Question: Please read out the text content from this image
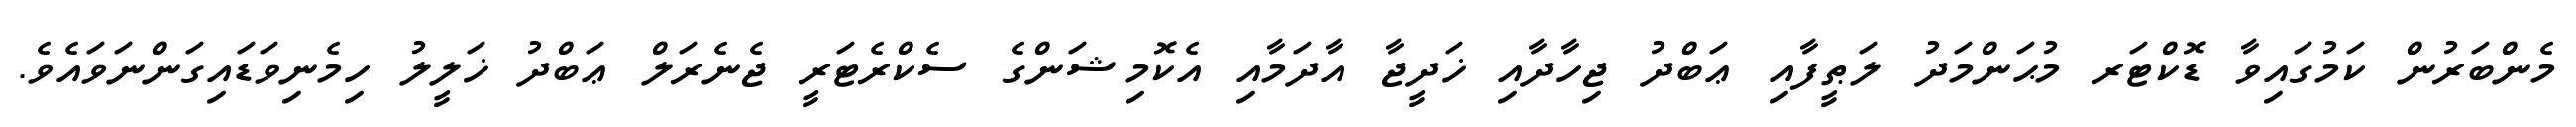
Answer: މެންބަރުން ކަމުގައިވާ ޑޮކްޓަރ މުޙަންމަދު ލަޠީފާއި ޢަބްދު ޖިހާދާއި ޚަދީޖާ އާދަމާއި އެކޮމިޝަންގެ ސެކްރެޓަރީ ޖެނެރަލް ޢަބްދު ޚަލީލު ހިމެނިވަޑައިގަންނަވައެވެ.